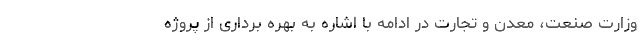
وزارت صنعت، معدن و تجارت در ادامه با اشاره به بهره برداری از پروژه